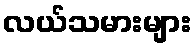
လယ်သမားများ